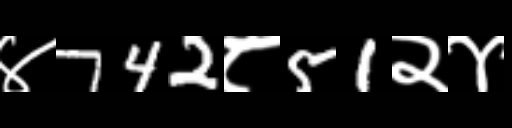
Text: ४742८51२४